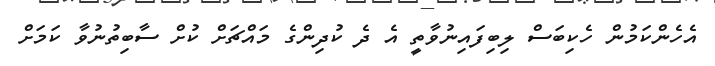
އެހެންކަމުން ހެކިބަސް ލިބިފައިނުވާތީ އެ ދެ ކުދިންގެ މައްޗަށް ކުށް ސާބިތުނުވާ ކަމަށް